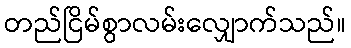
တည်ငြိမ်စွာလမ်းလျှောက်သည်။